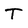
Character: T